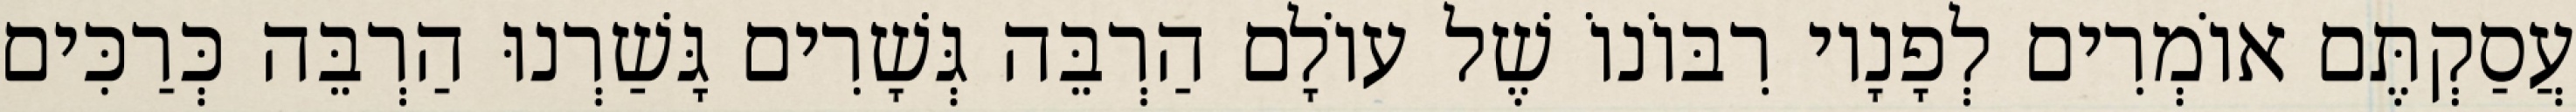
עֲסַקְתֶּם אוֹמְרִים לְפָנָיו רִבּוֹנוֹ שֶׁל עוֹלָם הַרְבֵּה גְּשָׁרִים גָּשַׁרְנוּ הַרְבֵּה כְּרַכִּים